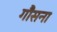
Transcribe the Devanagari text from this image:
गौसना